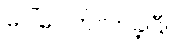
ပေါ်ပေါက်လာခဲ့ပြီ။